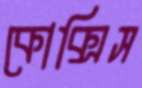
কোক্সিস